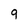
Character: 9